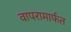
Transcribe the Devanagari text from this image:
वापरामार्फत